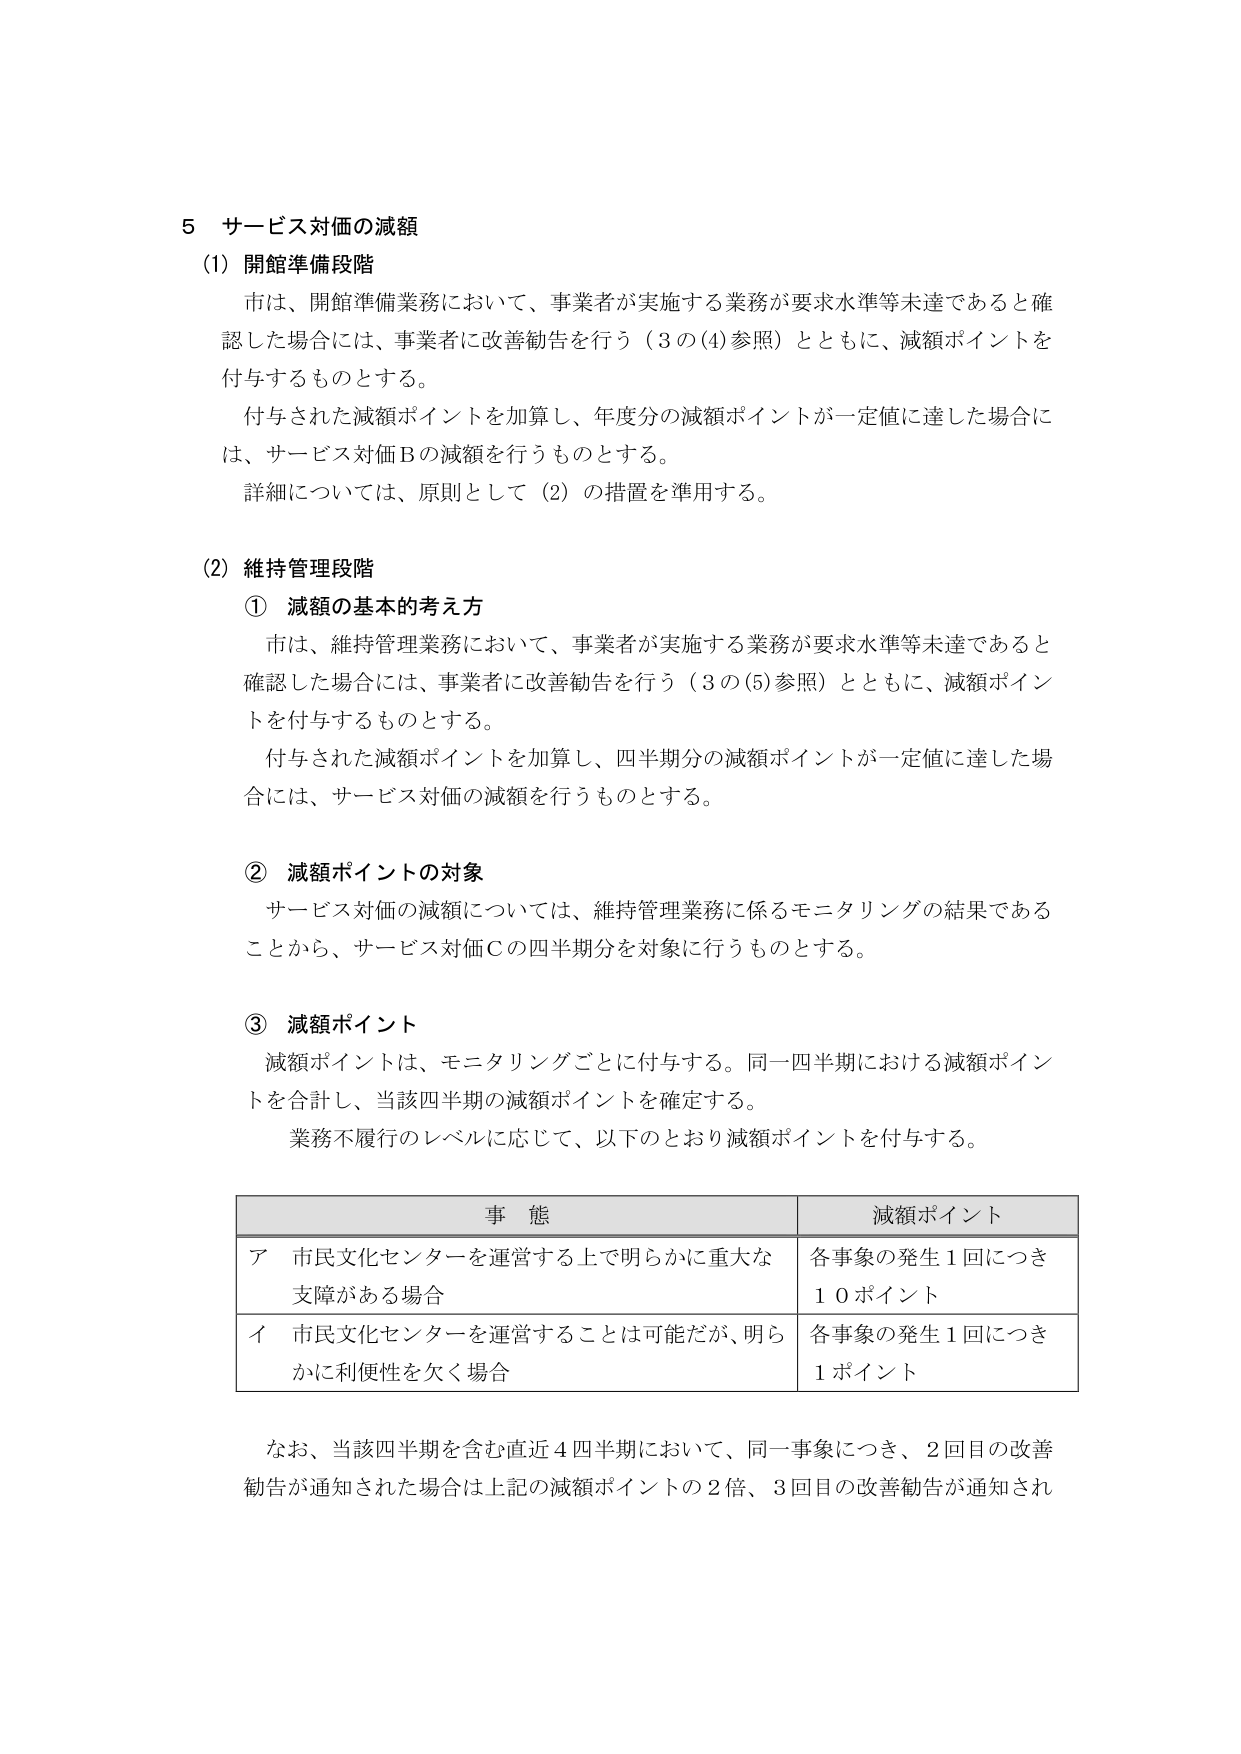
5 サービス対価の減額
(1) 開館準備段階
市は、開館準備業務において、事業者が実施する業務が要求水準等未達であると確認した場合には、事業者に改善勧告を行う（3の(4)参照）とともに、減額ポイントを付与するものとする。
付与された減額ポイントを加算し、年度分の減額ポイントが一定値に達した場合には、サービス対価Bの減額を行うものとする。
詳細については、原則として（2）の措置を準用する。

(2) 維持管理段階
① 減額の基本的考え方
市は、維持管理業務において、事業者が実施する業務が要求水準等未達であると確認した場合には、事業者に改善勧告を行う（3の(5)参照）とともに、減額ポイントを付与するものとする。
付与された減額ポイントを加算し、四半期分の減額ポイントが一定値に達した場合には、サービス対価の減額を行うものとする。

② 減額ポイントの対象
サービス対価の減額については、維持管理業務に係るモニタリングの結果であることから、サービス対価Cの四半期分を対象に行うものとする。

③ 減額ポイント
減額ポイントは、モニタリングごとに付与する。同一四半期における減額ポイントを合計し、当該四半期の減額ポイントを確定する。
業務不履行のレベルに応じて、以下のとおり減額ポイントを付与する。

| 事 態 | 減額ポイント |
|--------|--------------|
| ア 市民文化センターを運営する上で明らかに重大な支障がある場合 | 各事象の発生1回につき10ポイント |
| イ 市民文化センターを運営することは可能だが、明らかに利便性を欠く場合 | 各事象の発生1回につき1ポイント |

なお、当該四半期を含む直近4四半期において、同一事象につき、2回目の改善勧告が通知された場合は上記の減額ポイントの2倍、3回目の改善勧告が通知され